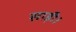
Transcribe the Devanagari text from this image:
साड़ी।